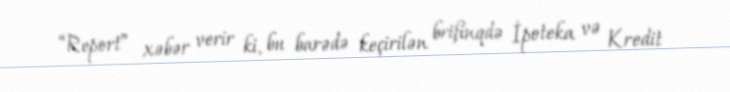
“Report” xəbər verir ki, bu barədə keçirilən brifinqdə İpoteka və Kredit